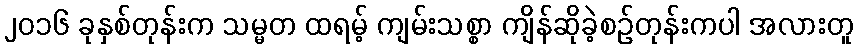
၂၀၁၆ ခုနှစ်တုန်းက သမ္မတ ထရမ့် ကျမ်းသစ္စာ ကျိန်ဆိုခဲ့စဉ်တုန်းကပါ အလားတူ